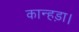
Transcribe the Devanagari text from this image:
कान्हड़ा।